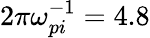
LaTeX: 2\pi\omega_{pi}^{-1}=4.8